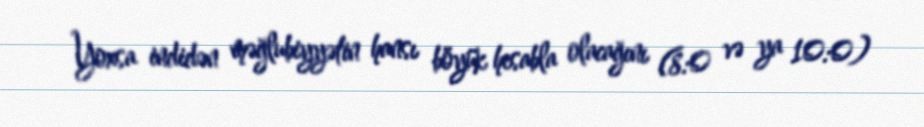
Yoxsa indidən məğlubiyyətin hansı böyük hesabla olacağını (8:0 və ya 10:0)